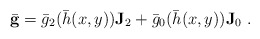
\begin{align*}\bar{\mathbf{g}}=\bar{g}_2(\bar{h}(x,y))\mathbf{J}_2+ \bar{g}_0(\bar{h}(x,y))\mathbf{J}_0~.\end{align*}